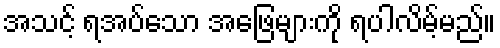
အသင့် ရအပ်သော အဖြေများကို ရပါလိမ့်မည်။